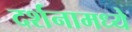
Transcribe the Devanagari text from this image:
दर्शनामध्ये